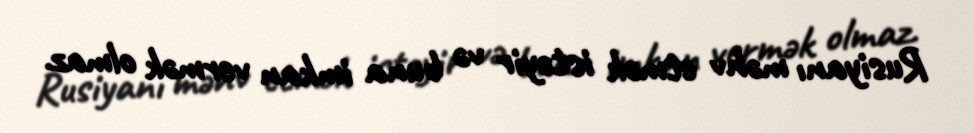
Rusiyanı məhv etmək istəyir və buna imkan vermək olmaz.